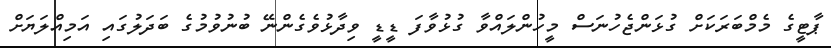
ޕާޓީގެ މެމްބަރަކަށް ގުޅަންޖެހުނަސް މީހުންލައްވާ ގުޅުވާފަ ޑީޑީ ވިދާޅުވެގެންނޭ ބުނުވުމުގެ ބަދަލުގައި އަމިއްލަޔަށް